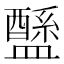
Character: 𥃄